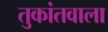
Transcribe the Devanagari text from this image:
तुकांतवाला